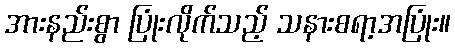
အားနည်းစွာ ပြုံးလိုက်သည့် သနားစရာ့အပြုံး။